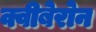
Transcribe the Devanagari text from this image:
क्वीबेरोन